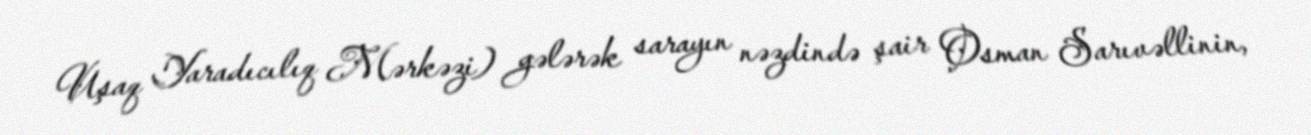
Uşaq Yaradıcılıq Mərkəzi) gələrək sarayın nəzdində şair Osman Sarıvəllinin,